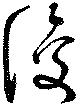
復